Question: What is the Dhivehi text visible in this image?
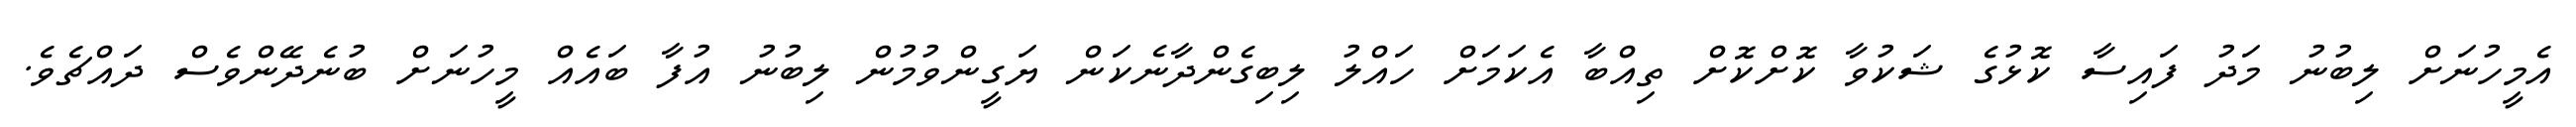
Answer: އެމީހުނަށް ލިބުނު މަދު ފައިސާ ކޮޅުގެ ޝަކުވާ ކޮށްކޮށް ތިއްބާ އެކަމަށް ހައްލު ލިބިގެންދާނެކަން ޔަގީންވުމުން ލިބުނު އުފާ ބައެއް މީހުނަށް ބުނެދޭންވެސް ދައްޗެވެ.